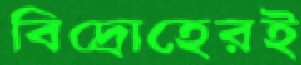
বিদ্রোহেরই